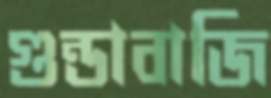
গুন্ডাবাজি